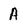
Character: A